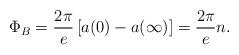
LaTeX: \begin{align*}\Phi _B=\frac{2\pi }e\left[ a(0)-a(\infty )\right] =\frac{2\pi }en.\end{align*}